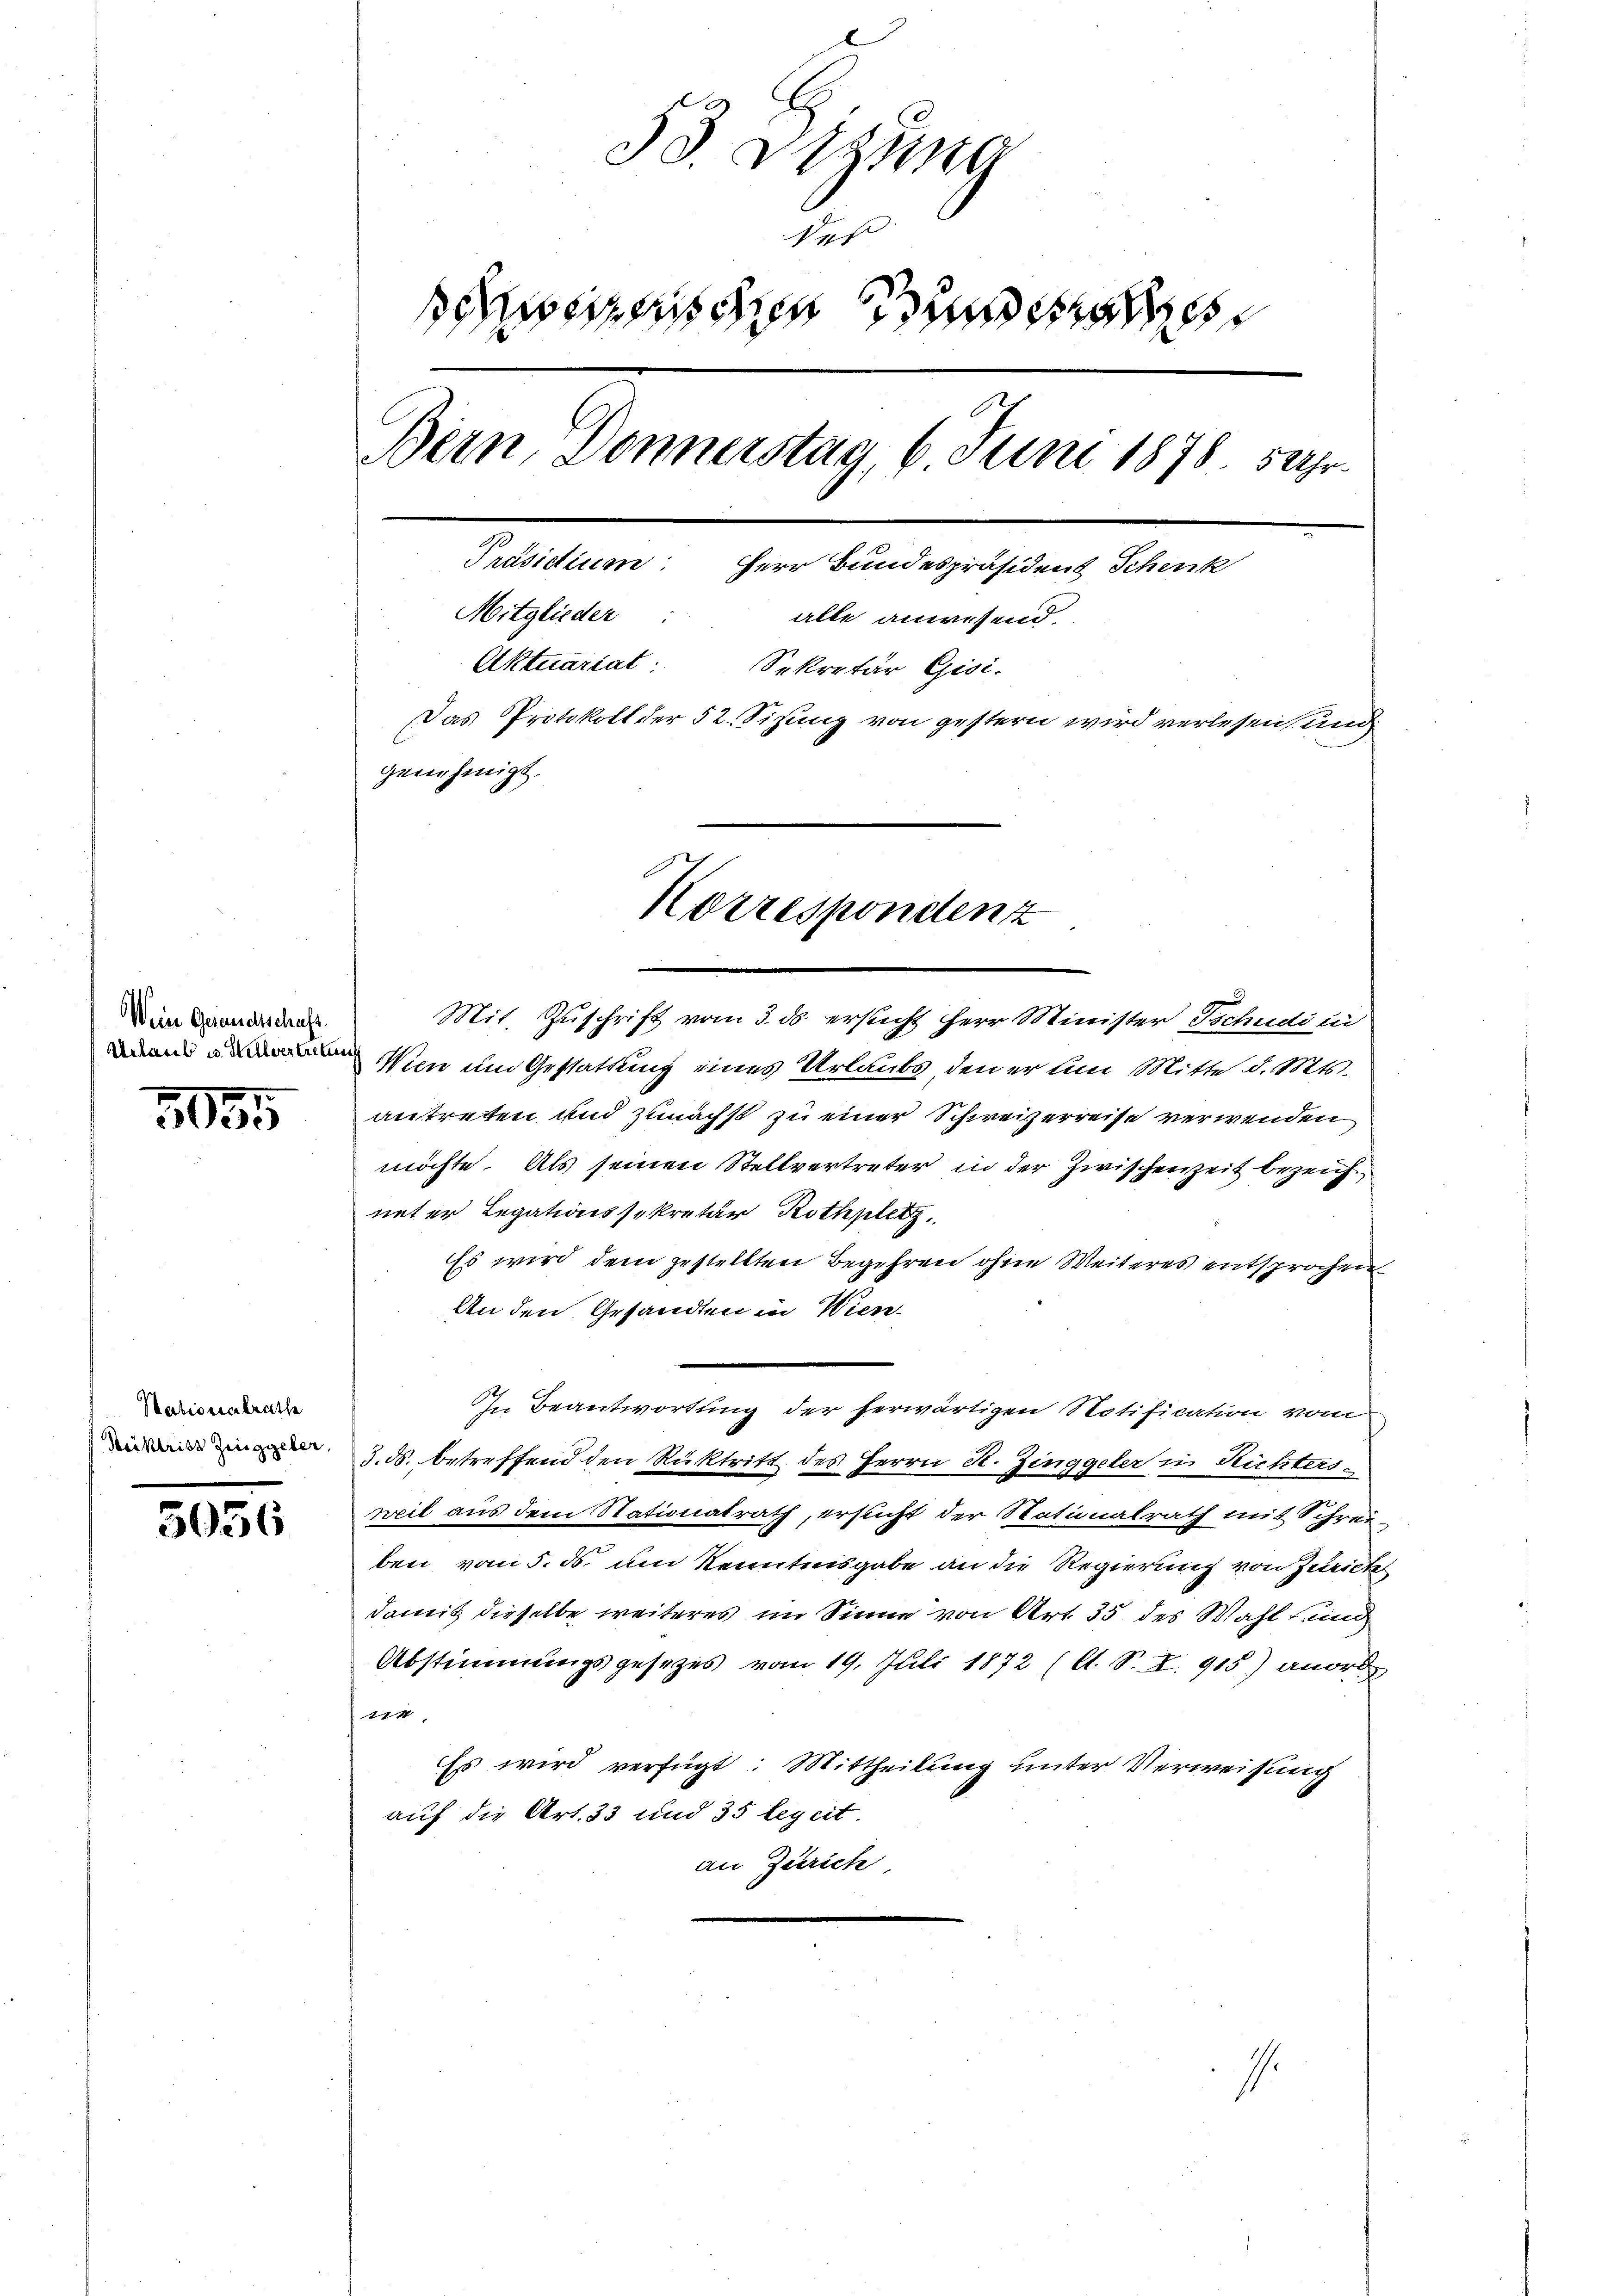
Wein Gesandtschaft.
Urlaub u. Hellvertretung

5055

Nationalrathe
Kektriss Zinggeber,

5056

33. Sitzung
der
sesen den
7
Bern, Donnerstag, 6 Juni 1878. 5 Uhr.
Präsidium: Herr Bundespräsident Schenk
Mitglieder
alle anwesend.
Aktuariat. Sekretär Gisi-
Das Protokoll der 52. Sisung von gestern wird verlesen und
genehmigt.

Korrespondenz

Mit Zuschrift vom 3. ds. ersicht herr Minister Tschudi un
Wien um Gestattung eines Urlaubs, den er um Mitte d. Mts.
antreten und zunächst zu einer Schweizerreise verwenden
möchte. Als seinen Stellvertreter in der Zwischenzeit bezeichueter Legationssekretär Rothplet
Es wird dem gestellten Begehren ohne Weiteres entsprochen
An den Gesandten in Wien-
In Beantwortung der herwärtigen Notification vom
J.ds. betreffend den Rücktritt des Herrn R. Zinggeler in Richtersweil aus dem Stationalrath, ersucht der Nationalrath mit Schrei
ben vom 5. ds. um Kenntnisgabe an die Regierung von Zurickel
damit dieselbe weiteres im Sinne von Art. 35 des Wahl kund
Abstimmungsgesezes vom 19. Juli 1872 (lt. S. I. 915) anord
114
Es wird verfügt: Mittheilung unter Verweisung
auf die Art. 33 und 35 legeit.
an Zürich

1